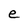
Character: e